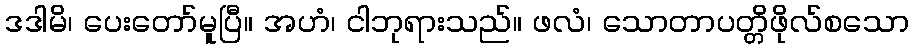
ဒဒါမိ၊ ပေးတော်မူပြီ။ အဟံ၊ ငါဘုရားသည်။ ဖလံ၊ သောတာပတ္တိဖိုလ်စသော